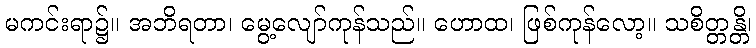
မကင်းရာ၌။ အဘိရတာ၊ မွေ့လျော်ကုန်သည်။ ဟောထ၊ ဖြစ်ကုန်လော့။ သစိတ္တန္တိ၊